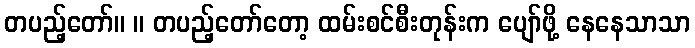
တပည့်တော်။ ။ တပည့်တော်တော့ ထမ်းစင်စီးတုန်းက ပျော်ဖို့ နေနေသာသာ